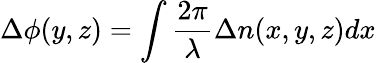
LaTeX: \Delta\phi(y,z)=\int\frac{2\pi}{\lambda}\Delta n(x,y,z)dx